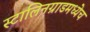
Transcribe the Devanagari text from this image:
स्टालिनग्राडमध्येच